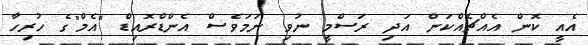
އެއީ ކޮން އެއްޗެއްކަން އަދި ރަސްމީ ނުވި ނަމަވެސް އެންޑްރޮއިޑް "އެމް"ގެ ހުރިހާ